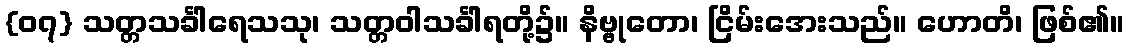
{၀၇} သတ္တသင်္ခါရေသသု၊ သတ္တဝါသင်္ခါရတို့၌။ နိဗ္ဗုတော၊ ငြိမ်းအေးသည်။ ဟောတိ၊ ဖြစ်၏။